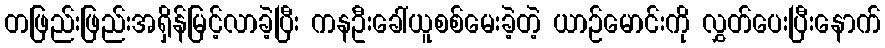
တဖြည်းဖြည်းအရှိန်မြင့်လာခဲ့ပြီး ကနဦးခေါ်ယူစစ်မေးခဲ့တဲ့ ယာဉ်မောင်းကို လွှတ်ပေးပြီးနောက်